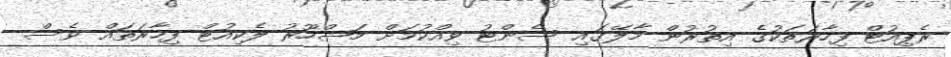
ރެޕިއުޓް ފިހާރަތަކުގެ އިތުރުން މާލޭގައި ސެންޓު ވިއްކުމަށް މަޝްހޫރު ލެކިއުޓް ފިހާރަތައް ވެސް